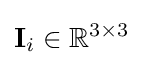
\mathbf {I} _{i}\in \mathbb {R} ^{3\times 3}